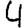
Digit: 4